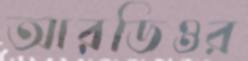
আরডিওর